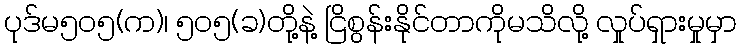
ပုဒ်မ၅၀၅(က)၊ ၅၀၅(ခ)တို့နဲ့ ငြိစွန်းနိုင်တာကိုမသိလို့ လှုပ်ရှားမှုမှာ